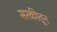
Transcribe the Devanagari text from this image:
सरकीतून